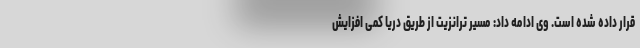
قرار داده شده است. وی ادامه داد: مسیر ترانزیت از طریق دریا کمی افزایش